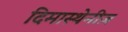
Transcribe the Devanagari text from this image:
दिमास्थेनीज़